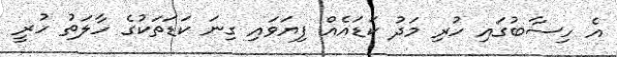
އެ ހިސާބުގައި ހުރި މަދު ކަޑައެއް ފިޔަވައި ގިނަ ކަޑަތަކުގެ ހާލަތު ހުރީ